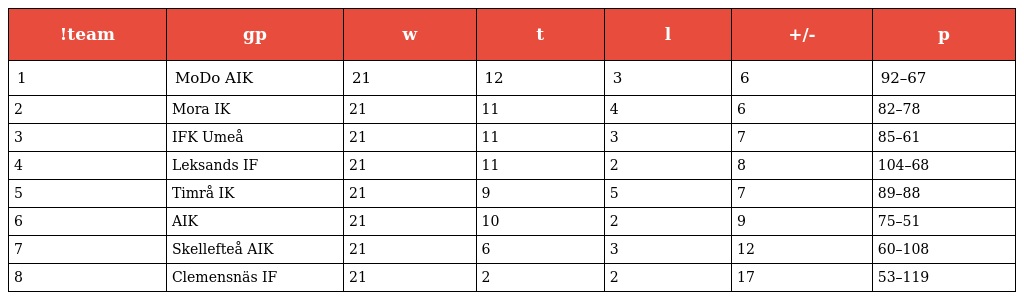
| !team | gp | w | t | l | +/- | p |
 | --- | --- | --- | --- | --- | --- | --- |
 | 1 | MoDo AIK | 21 | 12 | 3 | 6 | 92–67 |
 | 2 | Mora IK | 21 | 11 | 4 | 6 | 82–78 |
 | 3 | IFK Umeå | 21 | 11 | 3 | 7 | 85–61 |
 | 4 | Leksands IF | 21 | 11 | 2 | 8 | 104–68 |
 | 5 | Timrå IK | 21 | 9 | 5 | 7 | 89–88 |
 | 6 | AIK | 21 | 10 | 2 | 9 | 75–51 |
 | 7 | Skellefteå AIK | 21 | 6 | 3 | 12 | 60–108 |
 | 8 | Clemensnäs IF | 21 | 2 | 2 | 17 | 53–119 |